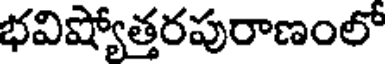
భవిష్యోత్తరపురాణంలో